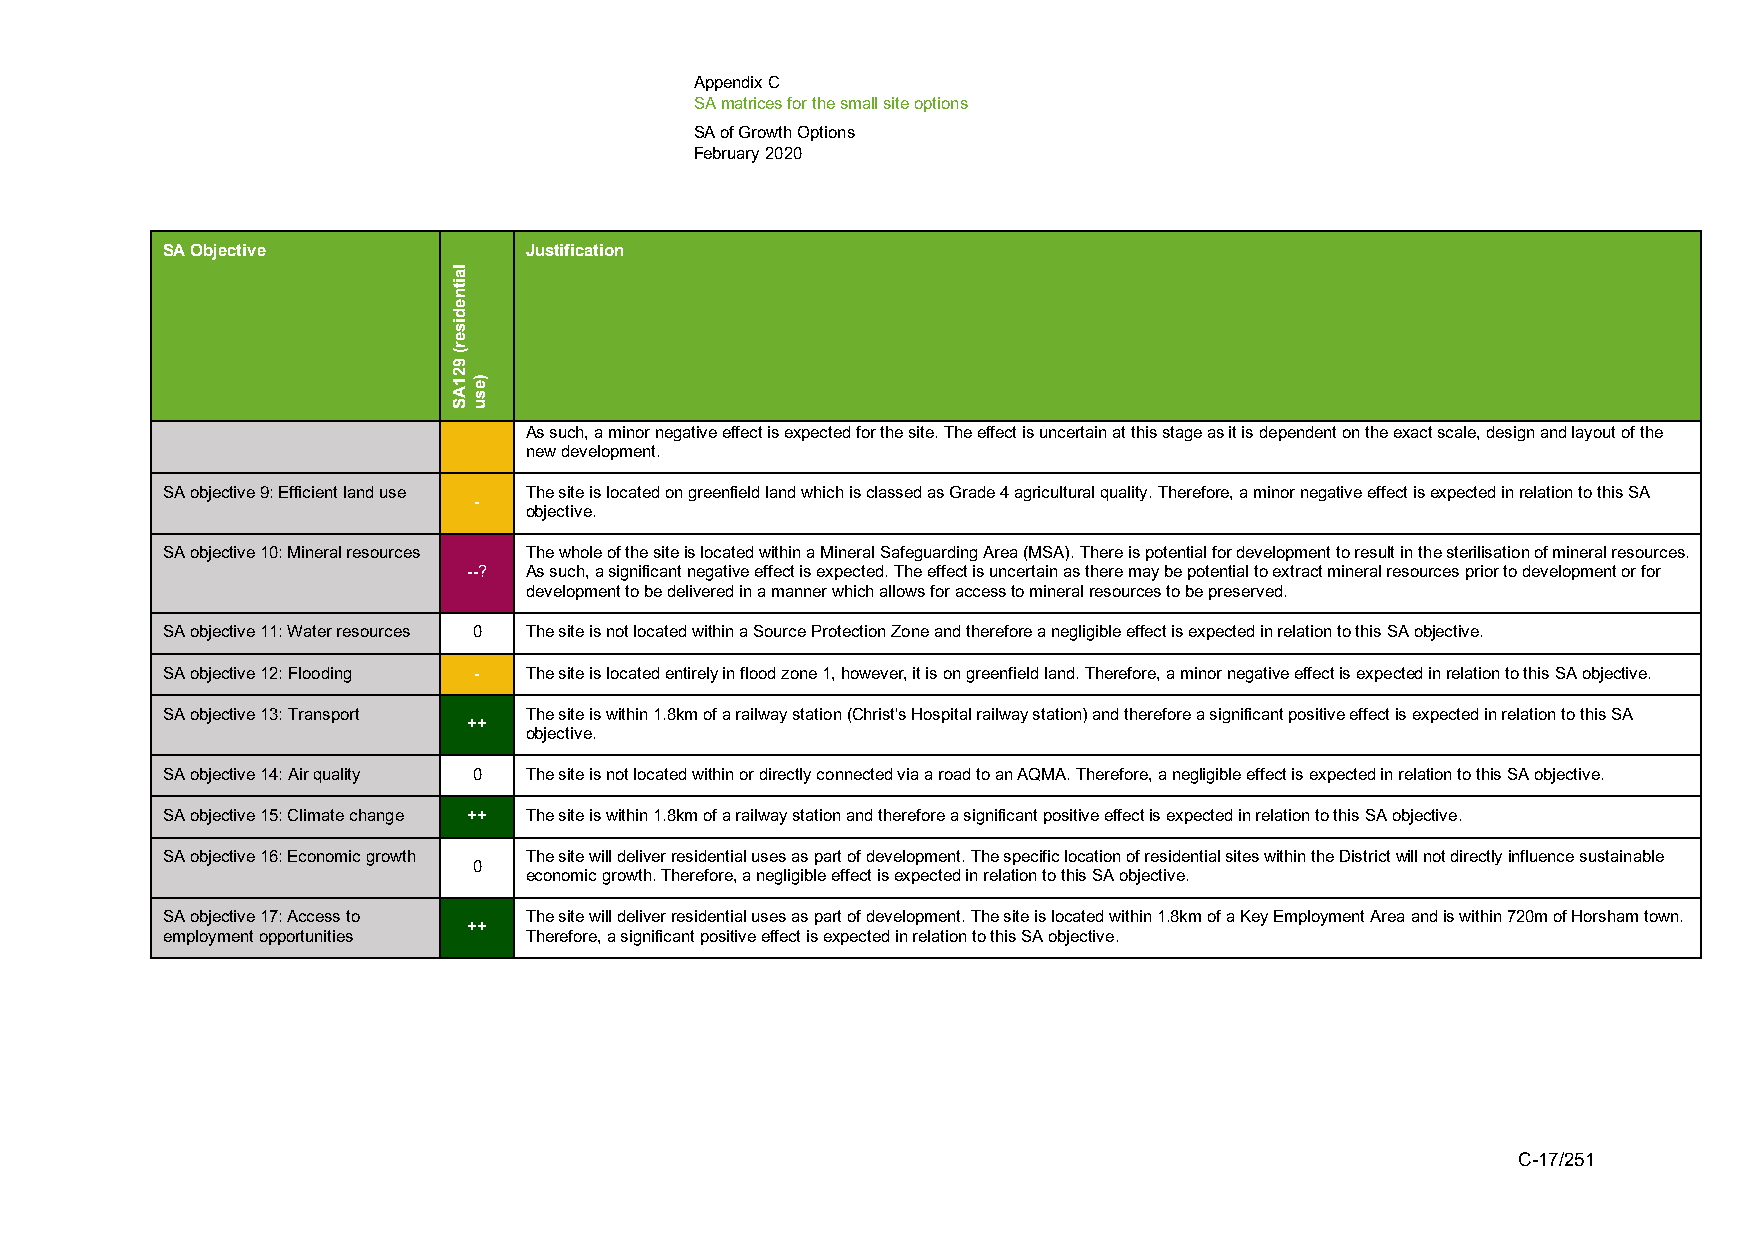
Appendix C
 SA matrices for the small site options
 SA of Growth Options
 February 2020
 SA Objective            Justification
 As such, a minor negative effect is expected for the site. The effect is uncertain at this stage as it is dependent on the exact scale, design and layout of the
 new development.
 SA objective 9: Efficient land use The site is located on greenfield land which is classed as Grade 4 agricultural quality. Therefore, a minor negative effect is expected in relation to this SA
 -
 objective.
 SA objective 10: Mineral resources The whole of the site is located within a Mineral Safeguarding Area (MSA). There is potential for development to result in the sterilisation of mineral resources.
 --? As such, a significant negative effect is expected. The effect is uncertain as there may be potential to extract mineral resources prior to development or for
 development to be delivered in a manner which allows for access to mineral resources to be preserved.
 SA objective 11: Water resources 0 The site is not located within a Source Protection Zone and therefore a negligible effect is expected in relation to this SA objective.
 SA objective 12: Flooding - The site is located entirely in flood zone 1, however, it is on greenfield land. Therefore, a minor negative effect is expected in relation to this SA objective.
 SA objective 13: Transport The site is within 1.8km of a railway station (Christ's Hospital railway station) and therefore a significant positive effect is expected in relation to this SA
 ++
 objective.
 SA objective 14: Air quality 0 The site is not located within or directly connected via a road to an AQMA. Therefore, a negligible effect is expected in relation to this SA objective.
 SA objective 15: Climate change ++ The site is within 1.8km of a railway station and therefore a significant positive effect is expected in relation to this SA objective.
 SA objective 16: Economic growth The site will deliver residential uses as part of development. The specific location of residential sites within the District will not directly influence sustainable
 0
 economic growth. Therefore, a negligible effect is expected in relation to this SA objective.
 SA objective 17: Access to The site will deliver residential uses as part of development. The site is located within 1.8km of a Key Employment Area and is within 720m of Horsham town.
 ++
 employment opportunities Therefore, a significant positive effect is expected in relation to this SA objective.
 C-17/251
 laitnediser(
 921AS
 )esu